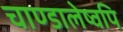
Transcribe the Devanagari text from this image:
चाण्डालेष्वपि